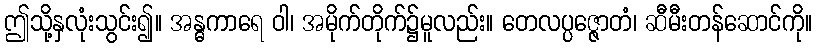
ဤသို့နှလုံးသွင်း၍။ အန္ဓကာရေ ဝါ၊ အမိုက်တိုက်၌မူလည်း။ တေလပ္ပဇ္ဇောတံ၊ ဆီမီးတန်ဆောင်ကို။